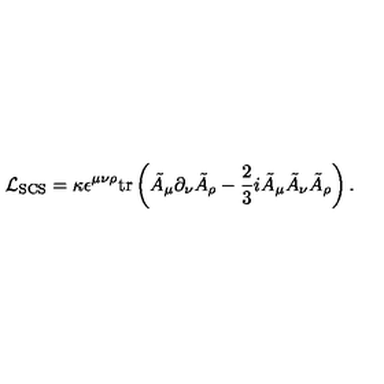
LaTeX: { \cal L } _ { \mathrm { S C S } } = \kappa \epsilon ^ { \mu \nu \rho } \mathrm { t r } \left( \tilde { A } _ { \mu } \partial _ { \nu } \tilde { A } _ { \rho } - \frac 2 3 i \tilde { A } _ { \mu } \tilde { A } _ { \nu } \tilde { A } _ { \rho } \right) .